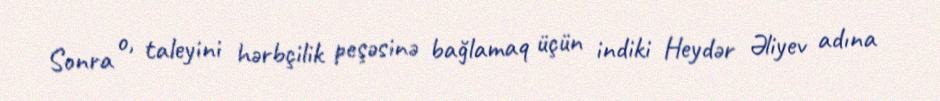
Sonra o, taleyini hərbçilik peşəsinə bağlamaq üçün indiki Heydər Əliyev adına